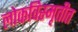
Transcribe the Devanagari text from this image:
लोकविस्मृतीत